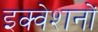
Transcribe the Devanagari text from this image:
इक्वेशनों